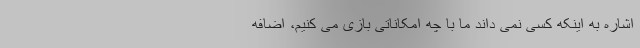
اشاره به اینکه کسی نمی داند ما با چه امکاناتی بازی می کنیم، اضافه